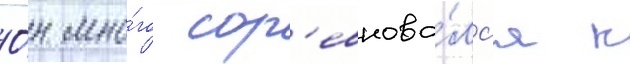
О́н мно́го сор'евнова́лс'я к